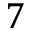
7